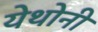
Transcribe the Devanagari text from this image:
येथोनी